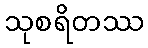
သုစရိတဿ